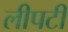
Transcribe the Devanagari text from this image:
लीपटी